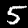
Label: 5